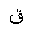
Letter: _qaf